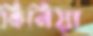
কিনিয়া